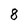
Character: 8